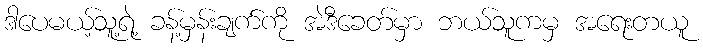
ဒါပေမယ့်သူ့ရဲ့ ခန့်မှန်းချက်ကို အဲဒီခေတ်မှာ ဘယ်သူကမှ အရေးတယူ